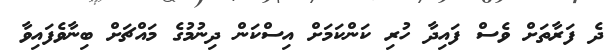
ދެ ފަރާތަށް ވެސް ފައިދާ ހުރި ކަންކަމަށް އިސްކަން ދިނުމުގެ މައްޗަށް ބިނާވެފައިވާ